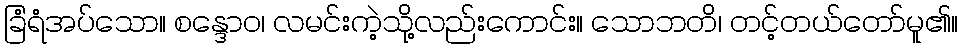
ခြံရံအပ်သော။ စန္ဒောဝ၊ လမင်းကဲ့သို့လည်းကောင်း။ သောဘတိ၊ တင့်တယ်တော်မူ၏။